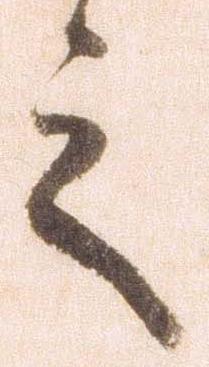
之